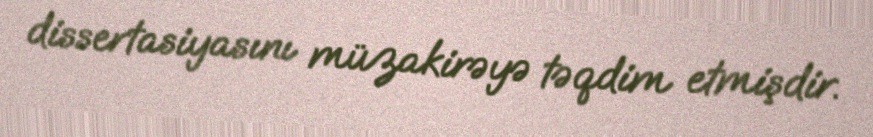
dissertasiyasını müzakirəyə təqdim etmişdir.